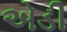
એડી